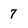
Character: 7